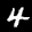
Label: 4